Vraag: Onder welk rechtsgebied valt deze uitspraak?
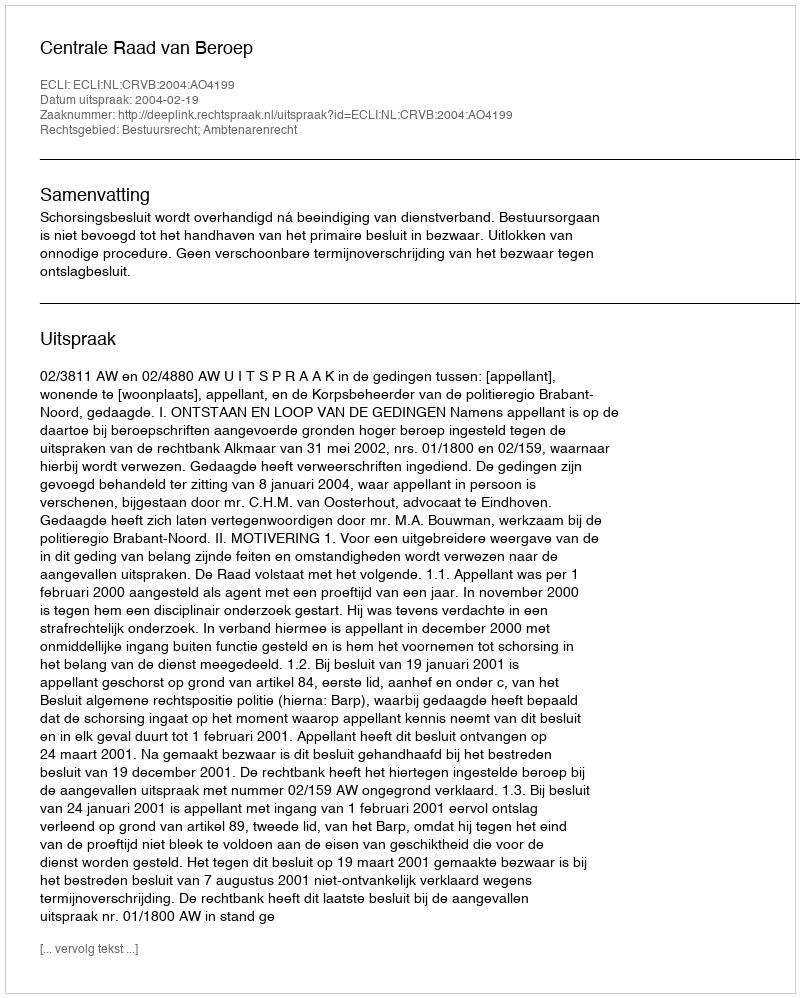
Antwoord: Bestuursrecht; Ambtenarenrecht